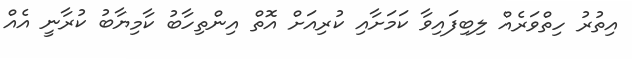
އިތުރު ހިތްވަރެއް ލިބިފައިވާ ކަމަށާއި ކުރިއަށް އޮތް އިންތިހާބު ކާމިޔާބު ކުރާނީ އެއް